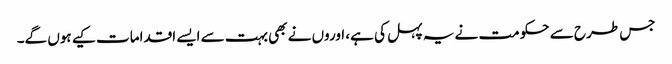
جس طرح سے حکومت نے یہ پہل کی ہے، اوروں نے بھی بہت سے ایسے اقدامات کیے ہوں گے۔